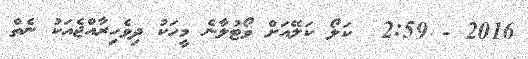
2016 - 2:59  ކަލޯ ކަލޭއަށް ވޯޓުލާނެ މީހަކު ދިވެހިރާއްޖެއަކު ނެތް